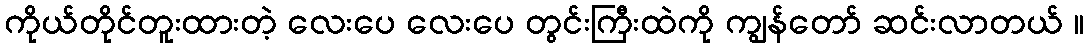
ကိုယ်တိုင်တူးထားတဲ့ လေးပေ လေးပေ တွင်းကြီးထဲကို ကျွန်တော် ဆင်းလာတယ် ။